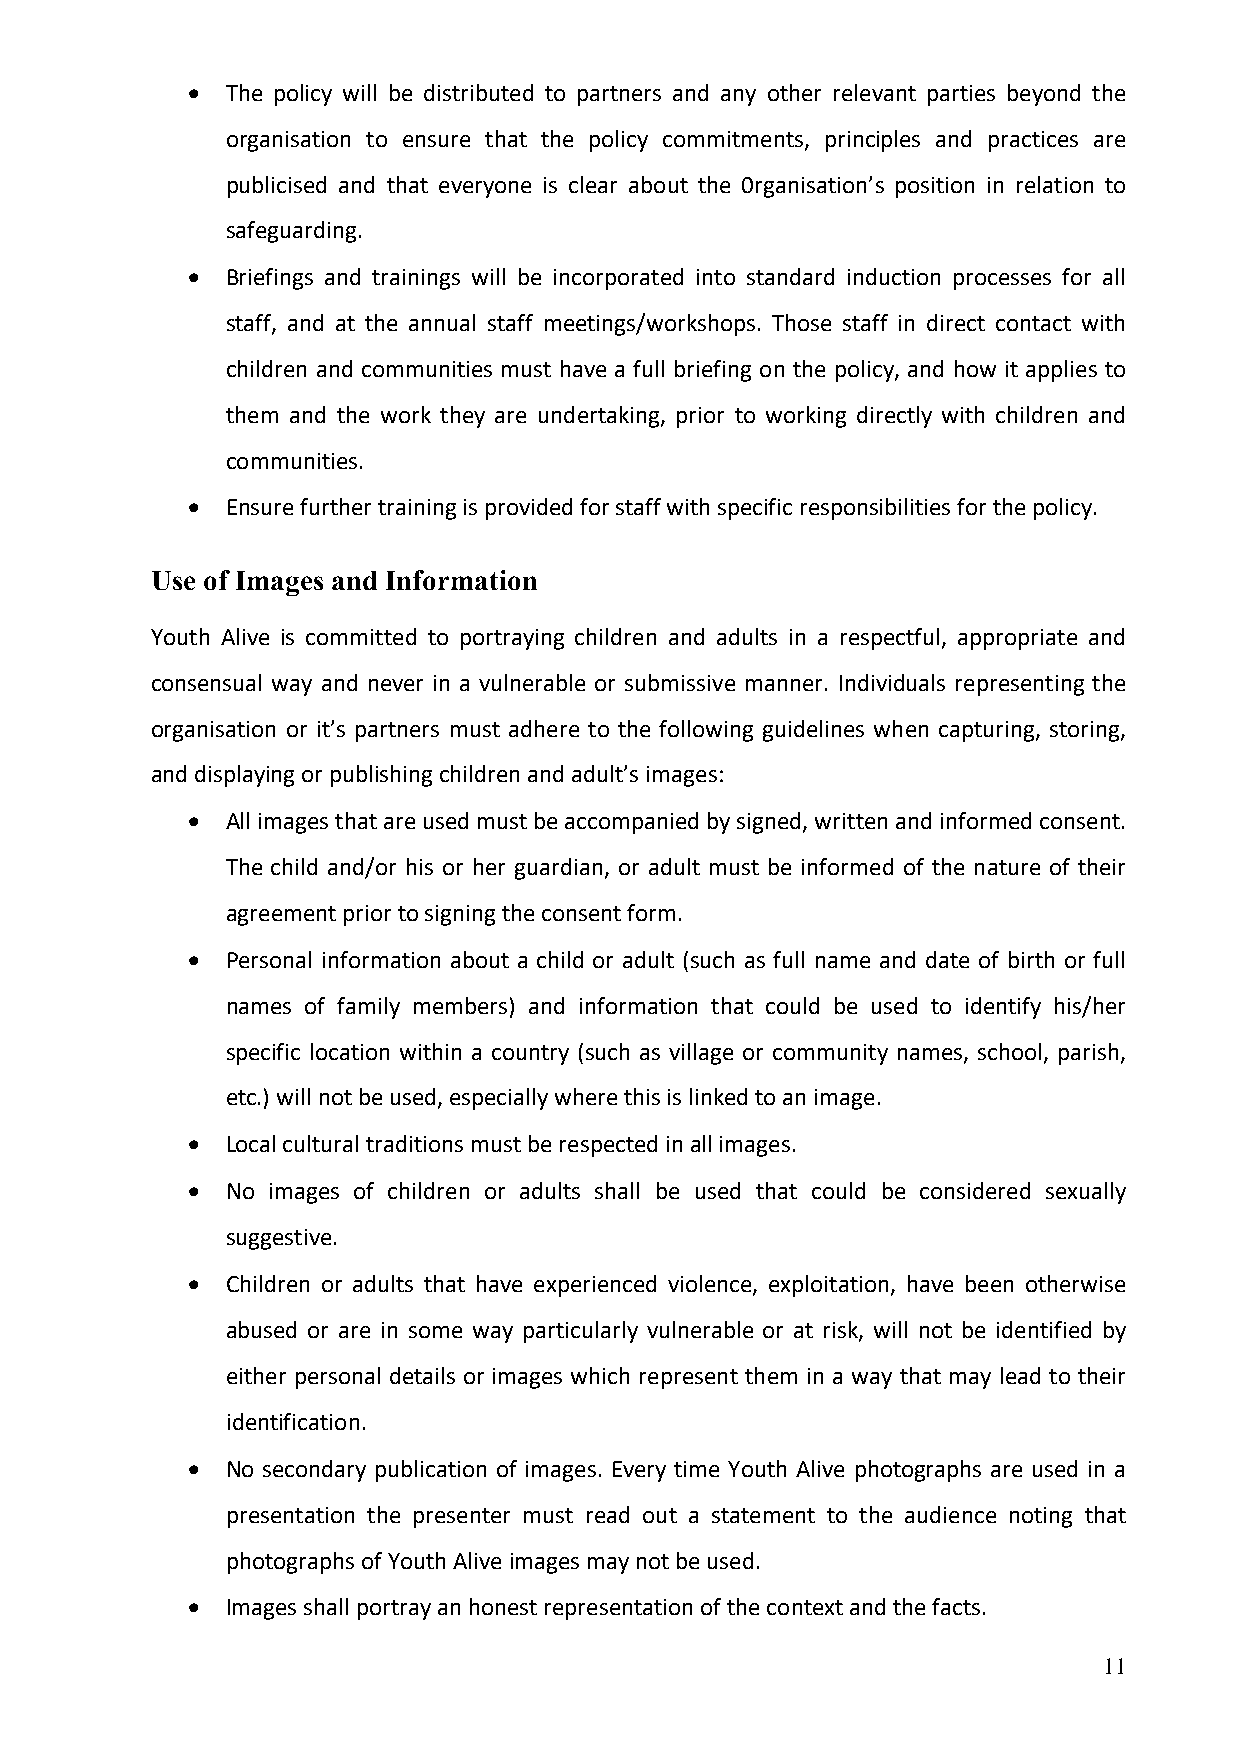
•  The policy will be distributed to partners and any other relevant parties beyond the
 organisation to ensure that the policy commitments, principles and practices are
 publicised and that everyone is clear about the 0rganisation’s position in relation to
 safeguarding.
 •  Briefings and trainings will be incorporated into standard induction processes for all
 staff, and at the annual staff meetings/workshops. Those staff in direct contact with
 children and communities must have a full briefing on the policy, and how it applies to
 them and the work they are undertaking, prior to working directly with children and
 communities.
 •  Ensure further training is provided for staff with specific responsibilities for the policy.
 Use of Images and Information
 Youth Alive is committed to portraying children and adults in a respectful, appropriate and
 consensual way and never in a vulnerable or submissive manner. Individuals representing the
 organisation or it’s partners must adhere to the following guidelines when capturing, storing,
 and displaying or publishing children and adult’s images:
 •  All images that are used must be accompanied by signed, written and informed consent.
 The child and/or his or her guardian, or adult must be informed of the nature of their
 agreement prior to signing the consent form.
 •  Personal information about a child or adult (such as full name and date of birth or full
 names of family members) and information that could be used to identify his/her
 specific location within a country (such as village or community names, school, parish,
 etc.) will not be used, especially where this is linked to an image.
 •  Local cultural traditions must be respected in all images.
 •  No images of children or adults shall be used that could be considered sexually
 suggestive.
 •  Children or adults that have experienced violence, exploitation, have been otherwise
 abused or are in some way particularly vulnerable or at risk, will not be identified by
 either personal details or images which represent them in a way that may lead to their
 identification.
 •  No secondary publication of images. Every time Youth Alive photographs are used in a
 presentation the presenter must read out a statement to the audience noting that
 photographs of Youth Alive images may not be used.
 •  Images shall portray an honest representation of the context and the facts.
 11